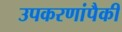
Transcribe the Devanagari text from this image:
उपकरणांपैकी